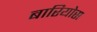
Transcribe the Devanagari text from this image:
बारियोस